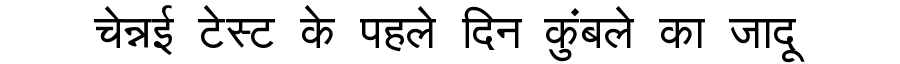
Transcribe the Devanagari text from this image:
चेन्नई टेस्ट के पहले दिन कुंबले का जादू